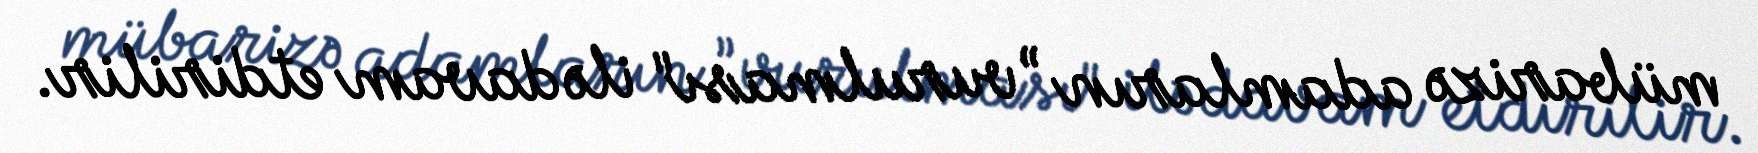
mübarizə adamların ”vurulması" ilə davam etdirilir.